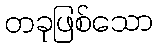
တခုဖြစ်သော